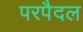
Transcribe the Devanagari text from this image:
परपैदल